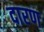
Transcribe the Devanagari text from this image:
दारण